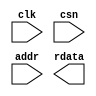
//------------------------------------------------------------------------------
//  http://github.com/gulakim/cory
//  
//------------------------------------------------------------------------------
`ifndef CORY_MODEL_SPROM
    `define CORY_MODEL_SPROM

    `ifndef CORY_FILENAME
        `define CORY_FILENAME   64
    `endif
    `ifndef CORY_STIM_DIR
        `define CORY_STIM_DIR   "."
    `endif

//------------------------------------------------------------------------------
module cory_model_sprom #(
    parameter   A       = 8,
    parameter   D       = 8,
    parameter   SIZE    = 2**A
) (
    input           clk,
    input           csn,
    input   [A-1:0] addr,
    output  [D-1:0] rdata
);

`ifdef  SIM

localparam  I   = 0;
//------------------------------------------------------------------------------
reg    [D-1: 0] rdata_p;

reg    [D-1: 0] mem [0:SIZE-1];

reg     [`CORY_FILENAME*8-1:0]  filename;

initial begin
    $sformat (filename, "%s/%m.rom", `CORY_STIM_DIR);    
    $readmemh (filename, mem);
    $display ("NOTE:%m: reading initial value from '%s'", filename);
end

//------------------------------------------------------------------------------
integer error   = 0;

always @(posedge clk)
begin
    if(csn == 1'b0)
    begin
        if(addr >= SIZE) begin
            $display("WARNING:%m: Read address range overflow @ %t", $time);
            error = error + 1;
        end
        else
            rdata_p <= mem[addr];
    end
end

assign  rdata   = rdata_p;

//------------------------------------------------------------------------------
always @(posedge clk) begin
    if (error > 100) begin
        $display("ERROR:%m: too many errors %d @ %t", error, $time);
        $finish;
    end
    if (&rdata_p === 1'bx) begin
            $display("WARNING:%m: Read data unknown (%x) address (%x) @ %t", rdata_p, addr, $time);
            error = error + 1;
    end
end

//------------------------------------------------------------------------------
initial begin
    if (SIZE > 2**A) begin
        $display ("ERROR:%m: 2^A(%1d) < SIZE(%1d)", A, SIZE);
        $finish;
    end

    $display ("WARNING:%m: using simulation model, you must replace with physical single-port memory");

end

`endif  //  SIM
endmodule
       
`endif  // CORY_MODEL_SPROM